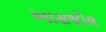
આસજોલ